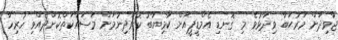
ޖާވިދަށް މަރުޙަބާ ވިދާޅުވެ މި ގޮނޑި އެމްޑީޕީއަށް ކާމިޔާބު ކޮށްދިނުމަށް މަސައްކަތްކޮށްދެއްވި ހުރިހާ